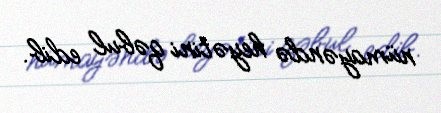
nümayəndə heyətini qəbul edib.